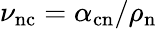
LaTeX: \nu_{\mathrm{nc}}=\alpha_{\mathrm{cn}}/\rho_{\mathrm{n}}